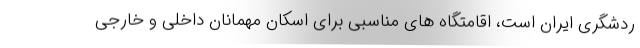
ردشگری ایران است، اقامتگاه های مناسبی برای اسکان مهمانان داخلی و خارجی